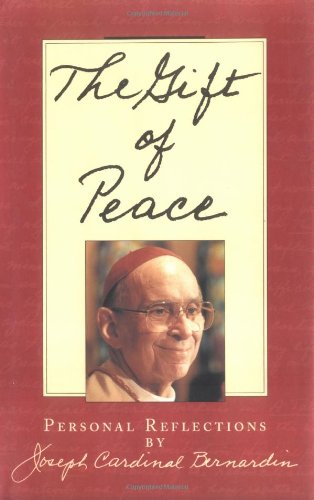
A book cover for The Gift of Peace: Personal Reflections; Joseph Louis Bernardin; Biographies & Memoirs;